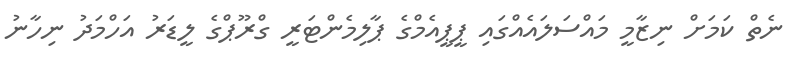
ނެތް ކަމަށް ނިޒާމީ މައްސަލައެއްގައި ޕީޕީއެމްގެ ޕާލިމެންޓަރީ ގްރޫޕްގެ ލީޑަރު އަހްމަދު ނިހާނު